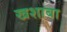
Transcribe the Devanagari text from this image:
खशाबा